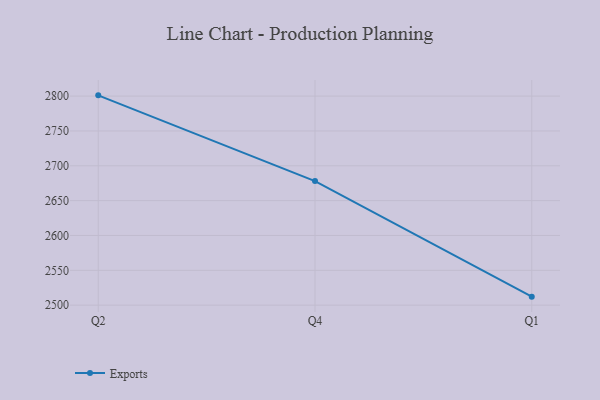
{"axis": {"x": "Quarter", "y": "Operating Costs (USD K)"}, "legend": ["Exports"], "data": [{"x": "Q2", "y": 2801.1, "type": "Exports"}, {"x": "Q4", "y": 2678.1, "type": "Exports"}, {"x": "Q1", "y": 2512.2, "type": "Exports"}]}